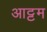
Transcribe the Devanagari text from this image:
आट्टम